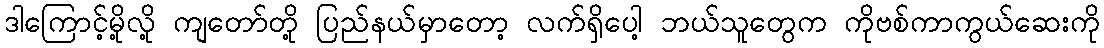
ဒါကြောင့်မို့လို့ ကျတော်တို့ ပြည်နယ်မှာတော့ လက်ရှိပေါ့ ဘယ်သူတွေက ကိုဗစ်ကာကွယ်ဆေးကို